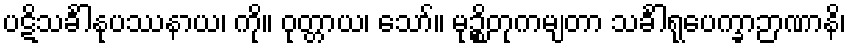
ပဋိသင်္ခါနုပဿနာယ၊ ကို။ ဝုတ္တာယ၊ သော်။ မုဉ္စိတုကမျတာ သင်္ခါရုပေက္ခာဉာဏာနိ၊